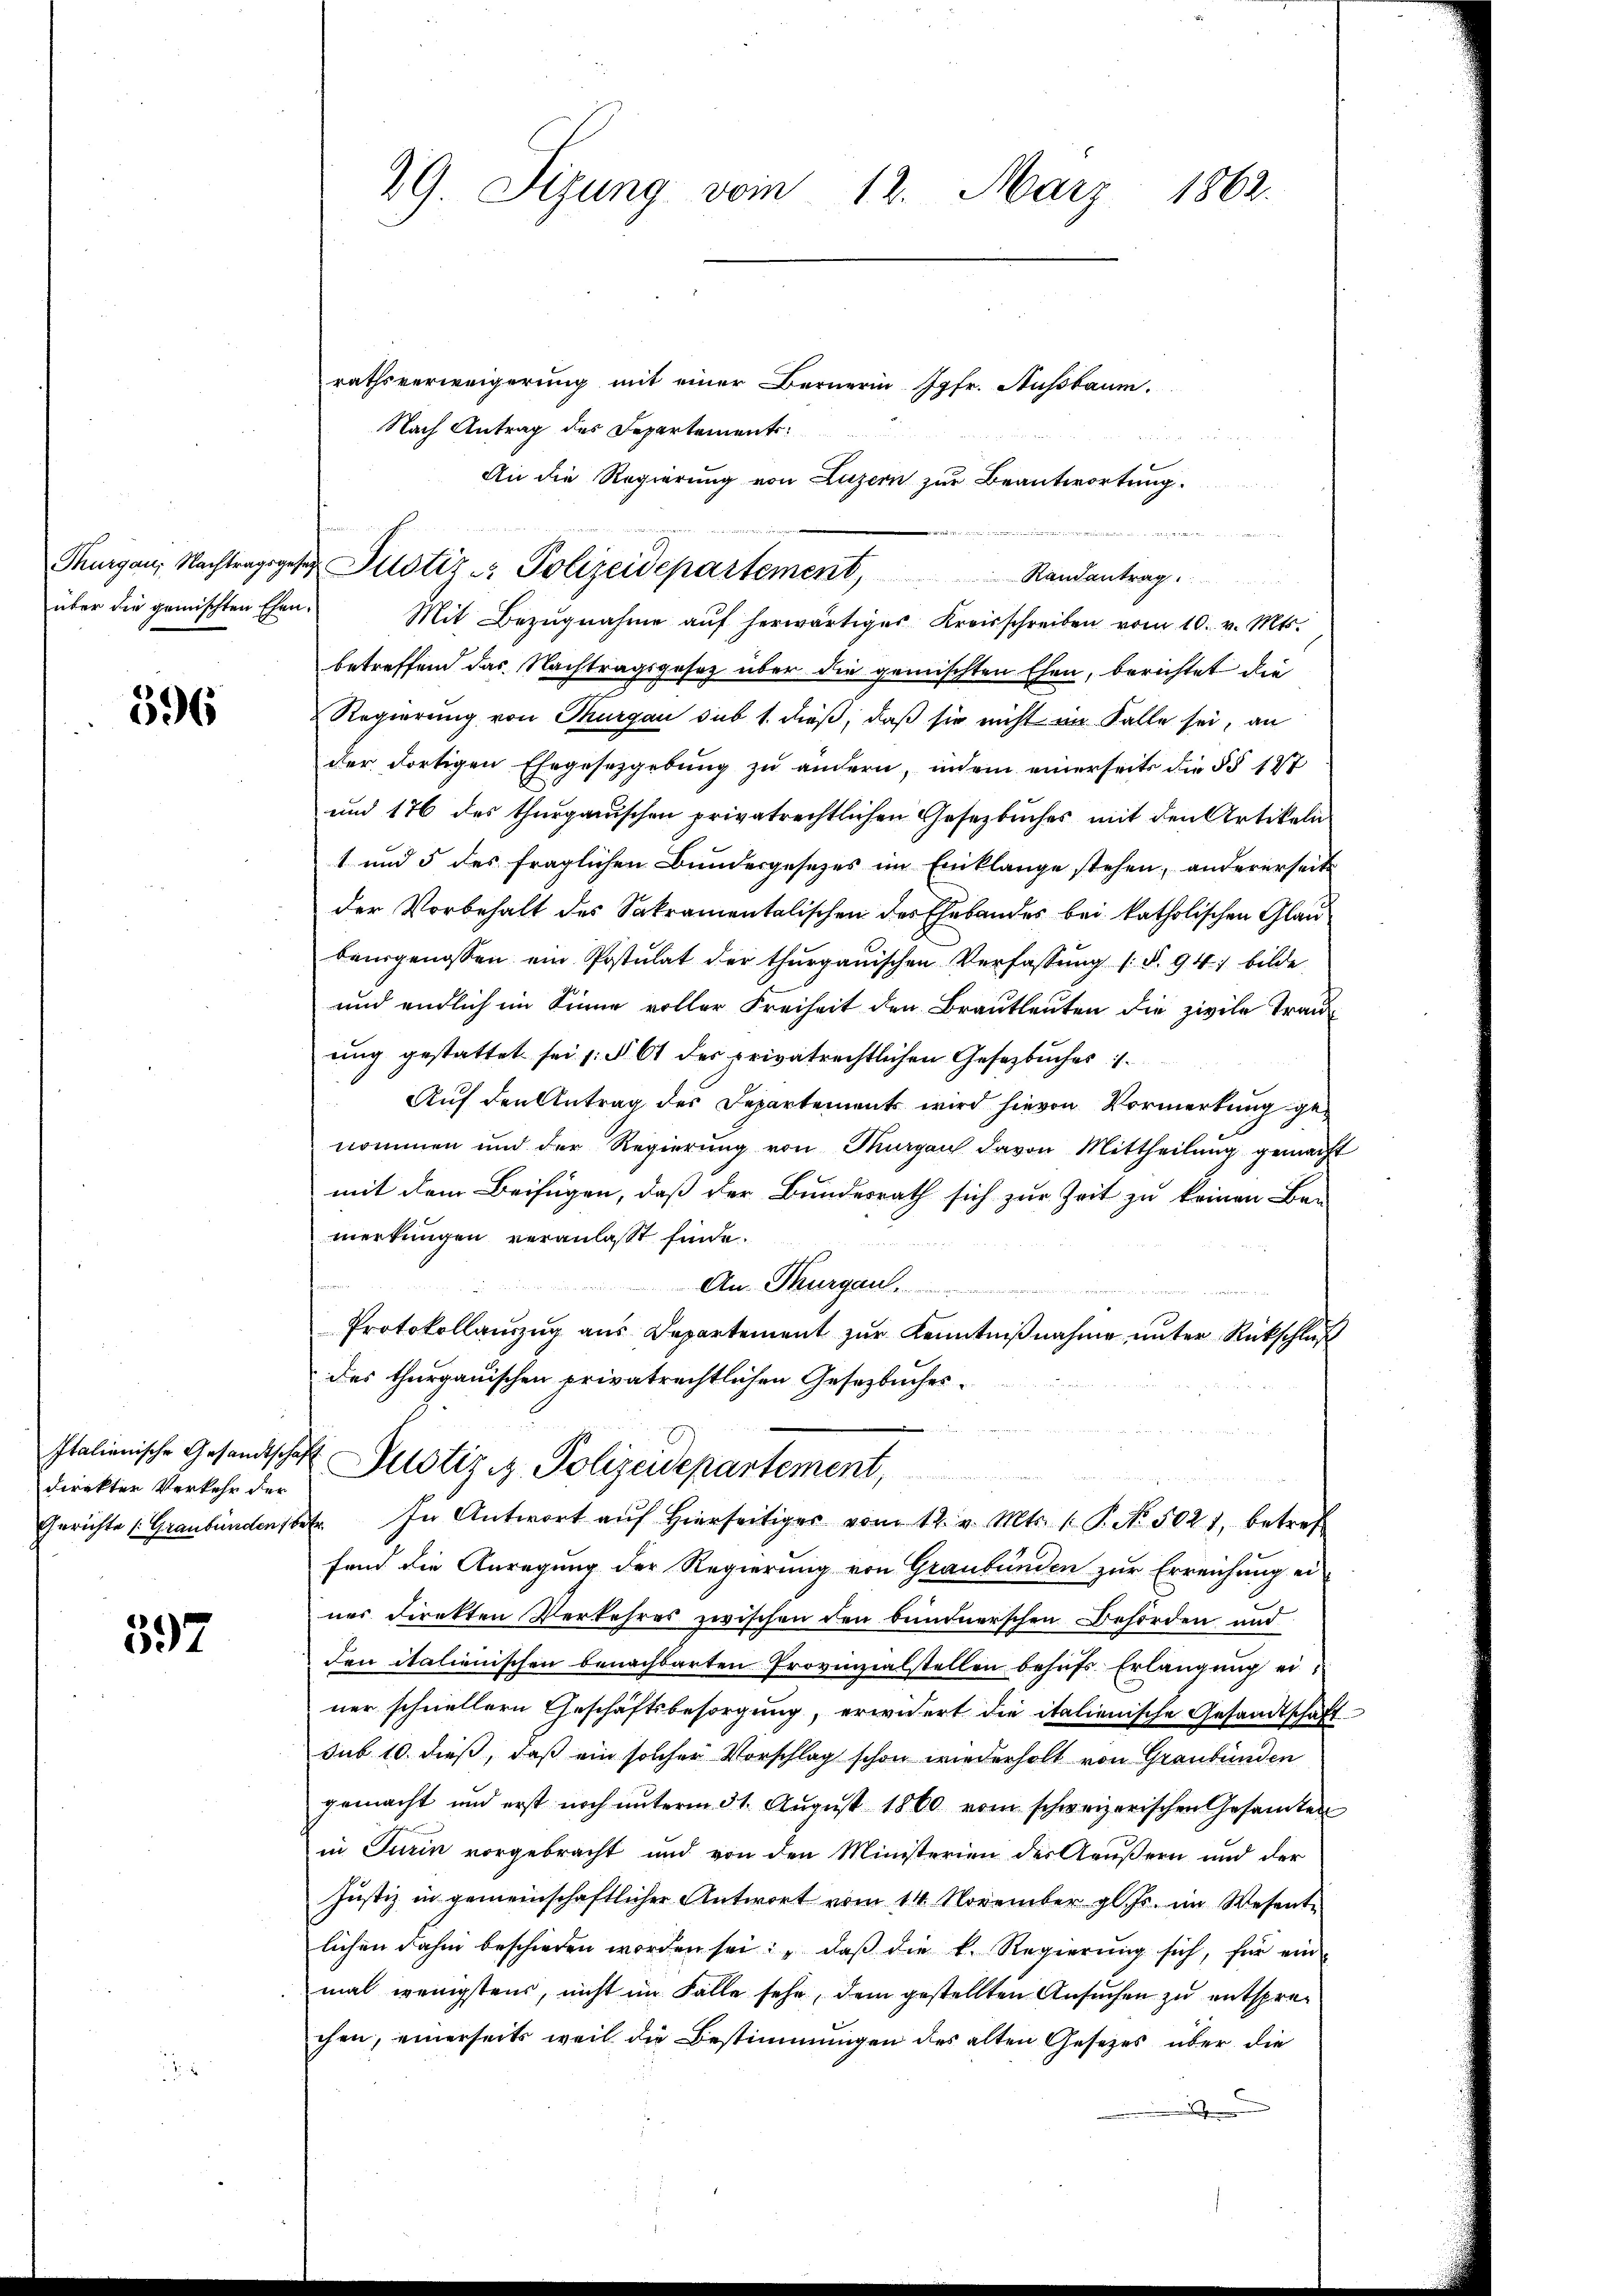
596

direkter Verkehr der

597

rathsverweigerung mit einer Bernerin Jgfr. Aussbaum.
Nach Antrag des Departements:
An die Regierung von Luzern zur Beantwortung.

 sende Seiten den Miterer Witt
über die gemischten Ehen. Mit Bezŭgnahme aŭf herwärtiges Kreisschreiben vom 10. v. Mts.
betreffend das Nachtragsgesetz über die gemischten Ehen, berichtet die
Regierung von Thurgau sub 1. dieß, daß sie nicht im Falle sei, an
der dortigen Ehegesetzgebung zu ändern, indem einerseits die §§ 147
und 176 des thurgauischen privatrechtlichen Gesetzbuches mit den Artikeln
1 und 5 des fraglichen Bundesgesetzes im Einklange stehen, andererseite
der Vorbehalt des Sakramentalischen des Ehebandes bei katholischen Glaubaŭrgenossen ein Postulat der thurgauischen Verfassŭng (§. 94. bilde
und endlich im Sinne voller Freiheit den Brautleuten die zivile Tranung gestattet sei (§ 61 des privatrechtlichen Gesetzbuches
Auf den Antrag des Departements wird hievon Vormerkung genommen und der Regierung von Margau davon Mittheilung gemacht
mit dem Beifügen, daß der Bundesrath sich zur Zeit zu keinen Ban
merkungen veranlaßt finde.
An Thurgau
Protokollanzug aus Departement zur Kenntniβnahme unter Rückschluß
des thurgauischen privatrechtlichen Gesetzbuches
Italienische Gesandtschaft Pilotiz R. Polizeidepartement,
Gerichte (Graubünden betr. In Antwort aŭf hierseitiger vom 12. v. Mts. 1. P. No. 5021, betref
fend die Anregung der Regierung von Graubünden zur Erreichung ei
ner Direkten Verkehres zwischen den bundnerschen Behörden und
den italienischen benachbarten Provinzialstellen behufs Erlangung einer schnellern Geschäftsbesorgung, erwidert die italienische Gesandtschaft
sub. 10. dieß, daß ein solcher Vorschlag schon wiederholt von Graubünden
gemacht und erst noch unterm 31. August 1860 vom schweizerischen Gesamten
in Turin vorgebracht und von den Ministerien des Aeußern und der
Justiz in gemeinschaftlicher Antwort vom 14. November gl. Js. im Wesente
lichen Fahn beschieden worden sei: „daβ die k. Regierŭng sich, für ein
mal wenigstens, nicht im Falle sehe, dem gestellten Ansuchen zu entsprechen, einerseits weil die Bestimmungen des alten Gesetzes über die
e

29. Sizung vom 12. März 1862.

Thurgau, Nachtragsgese Pilotiz & Polizeidepartement, Randantrag.